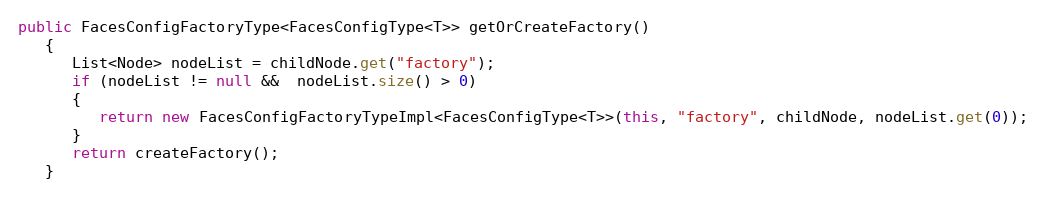
Language: Java
public FacesConfigFactoryType<FacesConfigType<T>> getOrCreateFactory()
   {
      List<Node> nodeList = childNode.get("factory");
      if (nodeList != null &&  nodeList.size() > 0)
      {
         return new FacesConfigFactoryTypeImpl<FacesConfigType<T>>(this, "factory", childNode, nodeList.get(0));
      }
      return createFactory();
   }